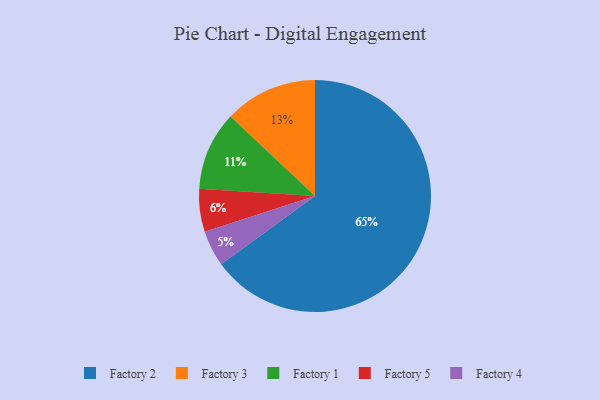
{"axis": {"x": "Category", "y": "Percentage"}, "legend": ["Factory 1", "Factory 2", "Factory 3", "Factory 4", "Factory 5"], "data": [{"x": "Factory 2", "y": 65, "type": "Factory 2"}, {"x": "Factory 5", "y": 6, "type": "Factory 5"}, {"x": "Factory 3", "y": 13, "type": "Factory 3"}, {"x": "Factory 1", "y": 11, "type": "Factory 1"}, {"x": "Factory 4", "y": 5, "type": "Factory 4"}]}